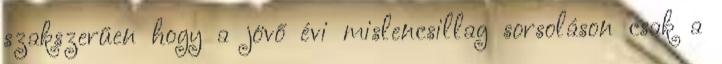
szakszerűen hogy a jövő évi mislencsillag sorsoláson csak a